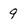
Character: 9